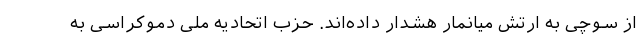
از سوچی به ارتش میانمار هشدار داده‌اند. حزب اتحادیه ملی دموکراسی به